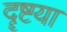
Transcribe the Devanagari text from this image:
दॄष्टया